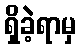
ရှိခဲ့ရာမှ